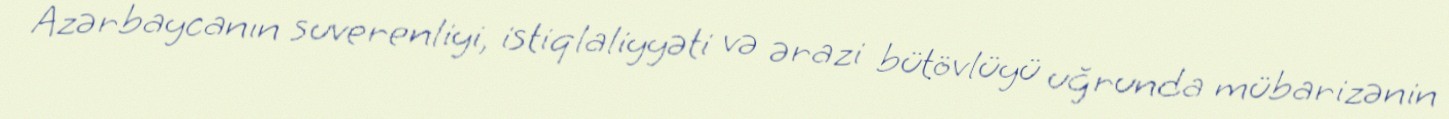
Azərbaycanın suverenliyi, istiqlaliyyəti və ərazi bütövlüyü uğrunda mübarizənin